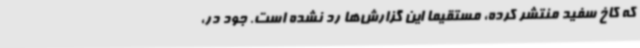
که کاخ سفید منتشر کرده، مستقیما این گزارش‌ها رد نشده است. جود در،